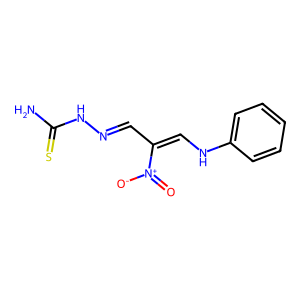
SMILES: NC(=S)NN=CC(=CNc1ccccc1)[N+](=O)[O-]
Inhibits HIV replication: No